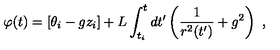
\varphi ( t ) = \left[ \theta _ { i } - g z _ { i } \right] + L \int _ { t _ { i } } ^ { t } d t ^ { \prime } \left( \frac { 1 } { r ^ { 2 } ( t ^ { \prime } ) } + g ^ { 2 } \right) \ ,